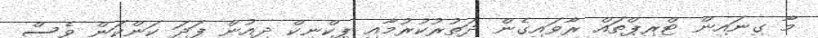
މާ ގިނައިން ޓްރިޕްތައް ރާވައިގެން ދަތުރުކުރުމާއި ޕިކްނިކް ދިއުން ފަދަ ކަންކަން ވެސް